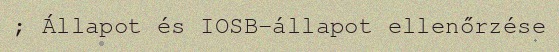
; Állapot és IOSB-állapot ellenőrzése